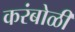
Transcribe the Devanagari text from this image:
करंबोळी